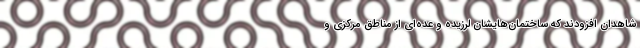
شاهدان افزودند که ساختمان‌هایشان لرزیده و عده‌ای از مناطق مرکزی و